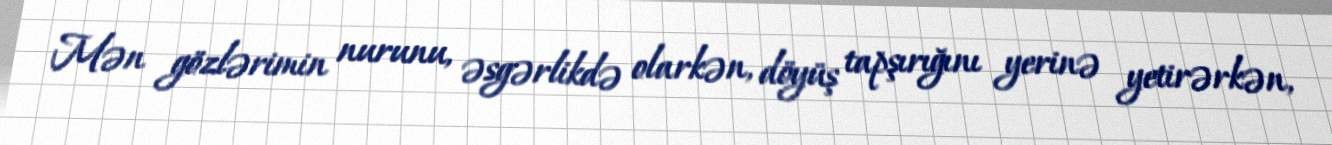
Mən gözlərimin nurunu, əsgərlikdə olarkən, döyüş tapşırığını yerinə yetirərkən,